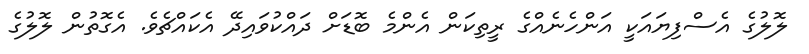
ލޮލުގެ އެސްފިޔައަކީ އަންހެނެއްގެ ރީތިކަން އެންމެ ބޮޑަށް ދައްކުވައިދޭ އެކައްޗެވެ. އެގޮތުން ލޮލުގެ